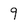
Character: 9